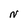
Character: N